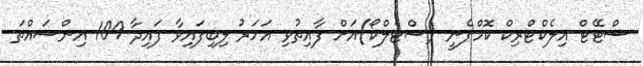
ސްޓޭޓް އިލެކްޓްރިކް ކޮމްޕެނީ (ސްޓެލްކޯ)އަށް ފާއިތުވި އަހަރު ލިބިފައިވާ ފައިދާ 109 އިންސައްތަ